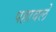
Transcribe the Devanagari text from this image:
पहावले